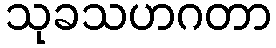
သုခသဟဂတာ